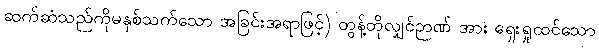
ဆက်ဆံသည်ကိုမနှစ်သက်သော အခြင်းအရာဖြင့်) တွန့်တိုလျှင်ဉာဏ် အား ရှေးရှုထင်သော